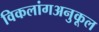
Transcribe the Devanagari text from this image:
विकलांगअनुकूल